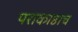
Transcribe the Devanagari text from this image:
पराकाष्ठाच